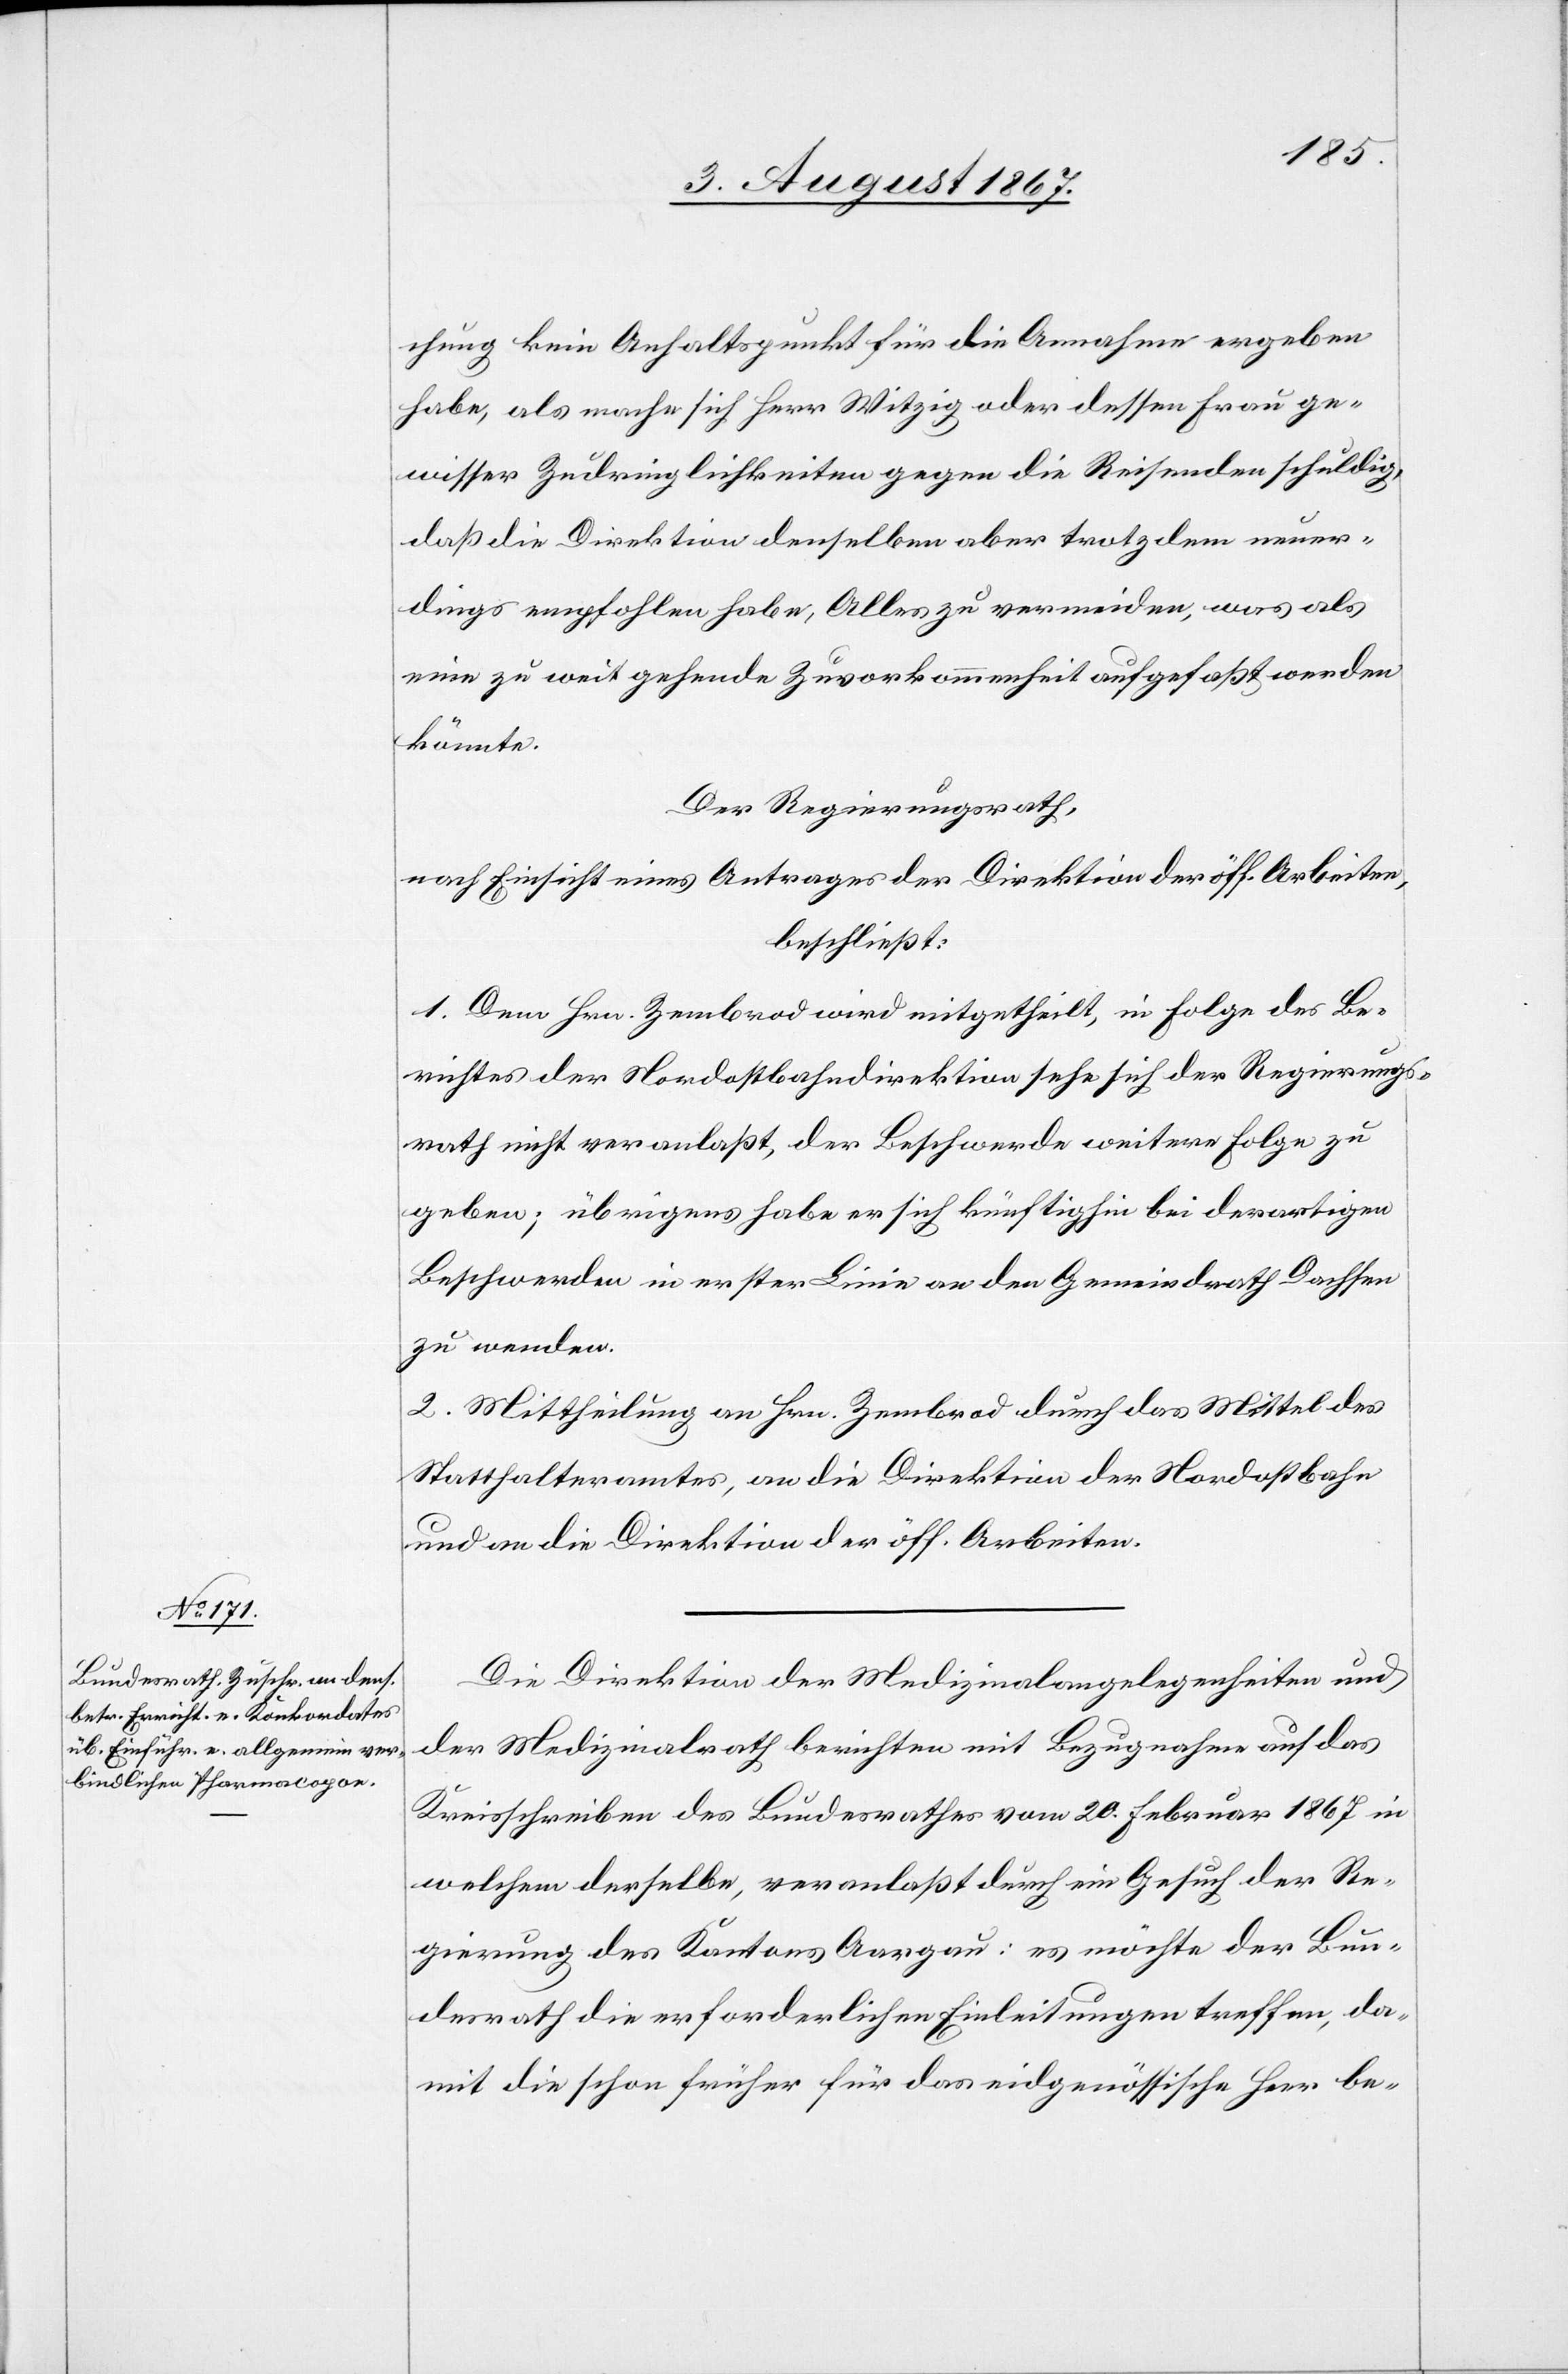
chung kein Anhaltspunkt für die Annahme ergeben
habe, als mache sich Herr Witzig oder dessen Frau ge¬
wisser Zudringlichkeiten gegen die Reisenden schuldig,
daß die Direktion denselben aber trotzdem neuer¬
dings empfohlen habe, Alles zu vermeiden, was als
eine zu weit gehende Zuvorkommenheit aufgefaßt werden
könnte.
Der Regierungsrath,
nach Einsicht eines Antrages der Direktion des Innern,
beschließt:
1. Dem Hrn. Zembrod wird mitgetheilt, in Folge des Be¬
richtes der Nordostbahndirektion sehe sich der Regierungs¬
rath nicht veranlaßt, der Beschwerde weitere Folge zu
geben; übrigens habe er sich künftighin bei derartigen
Beschwerden in erster Linie an den Gemeindrath Dachsen
zu wenden.
2. Mittheilung an Hrn. Zembrod durch das Mittel des
Statthalteramtes, an die Direktion der Nordostbahn
und an die Direktion der öff. Arbeiten.
Die Direktion der Medizinalangelegenheiten und
der Medizinalrath berichten mit Bezugnahme auf das
Kreisschreiben des Bundesrathes vom 20. Februar 1867 in
welchem derselbe, veranlaßt durch ein Gesuch der Re¬
gierung des Kantons Aargau: es möchte der Bun¬
desrath die erforderlichen Einleitungen treffen, da¬
mit die schon früher für das eidgenössische Heer be-